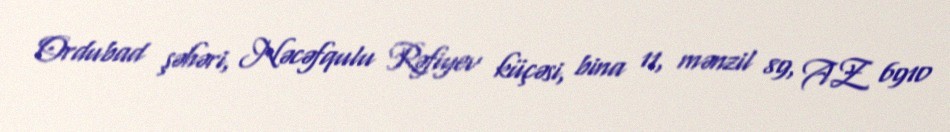
Ordubad şəhəri, Nəcəfqulu Rəfiyev küçəsi, bina 11, mənzil 89, AZ 6910